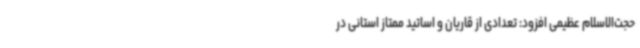
حجت‌الاسلام عظیمی افزود: تعدادی از قاریان و اساتید ممتاز استانی در